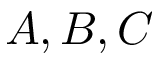
A , B , C